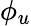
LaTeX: \phi_{u}